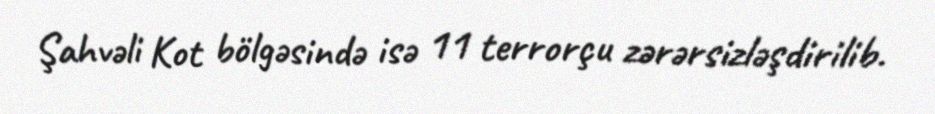
Şahvəli Kot bölgəsində isə 11 terrorçu zərərsizləşdirilib.